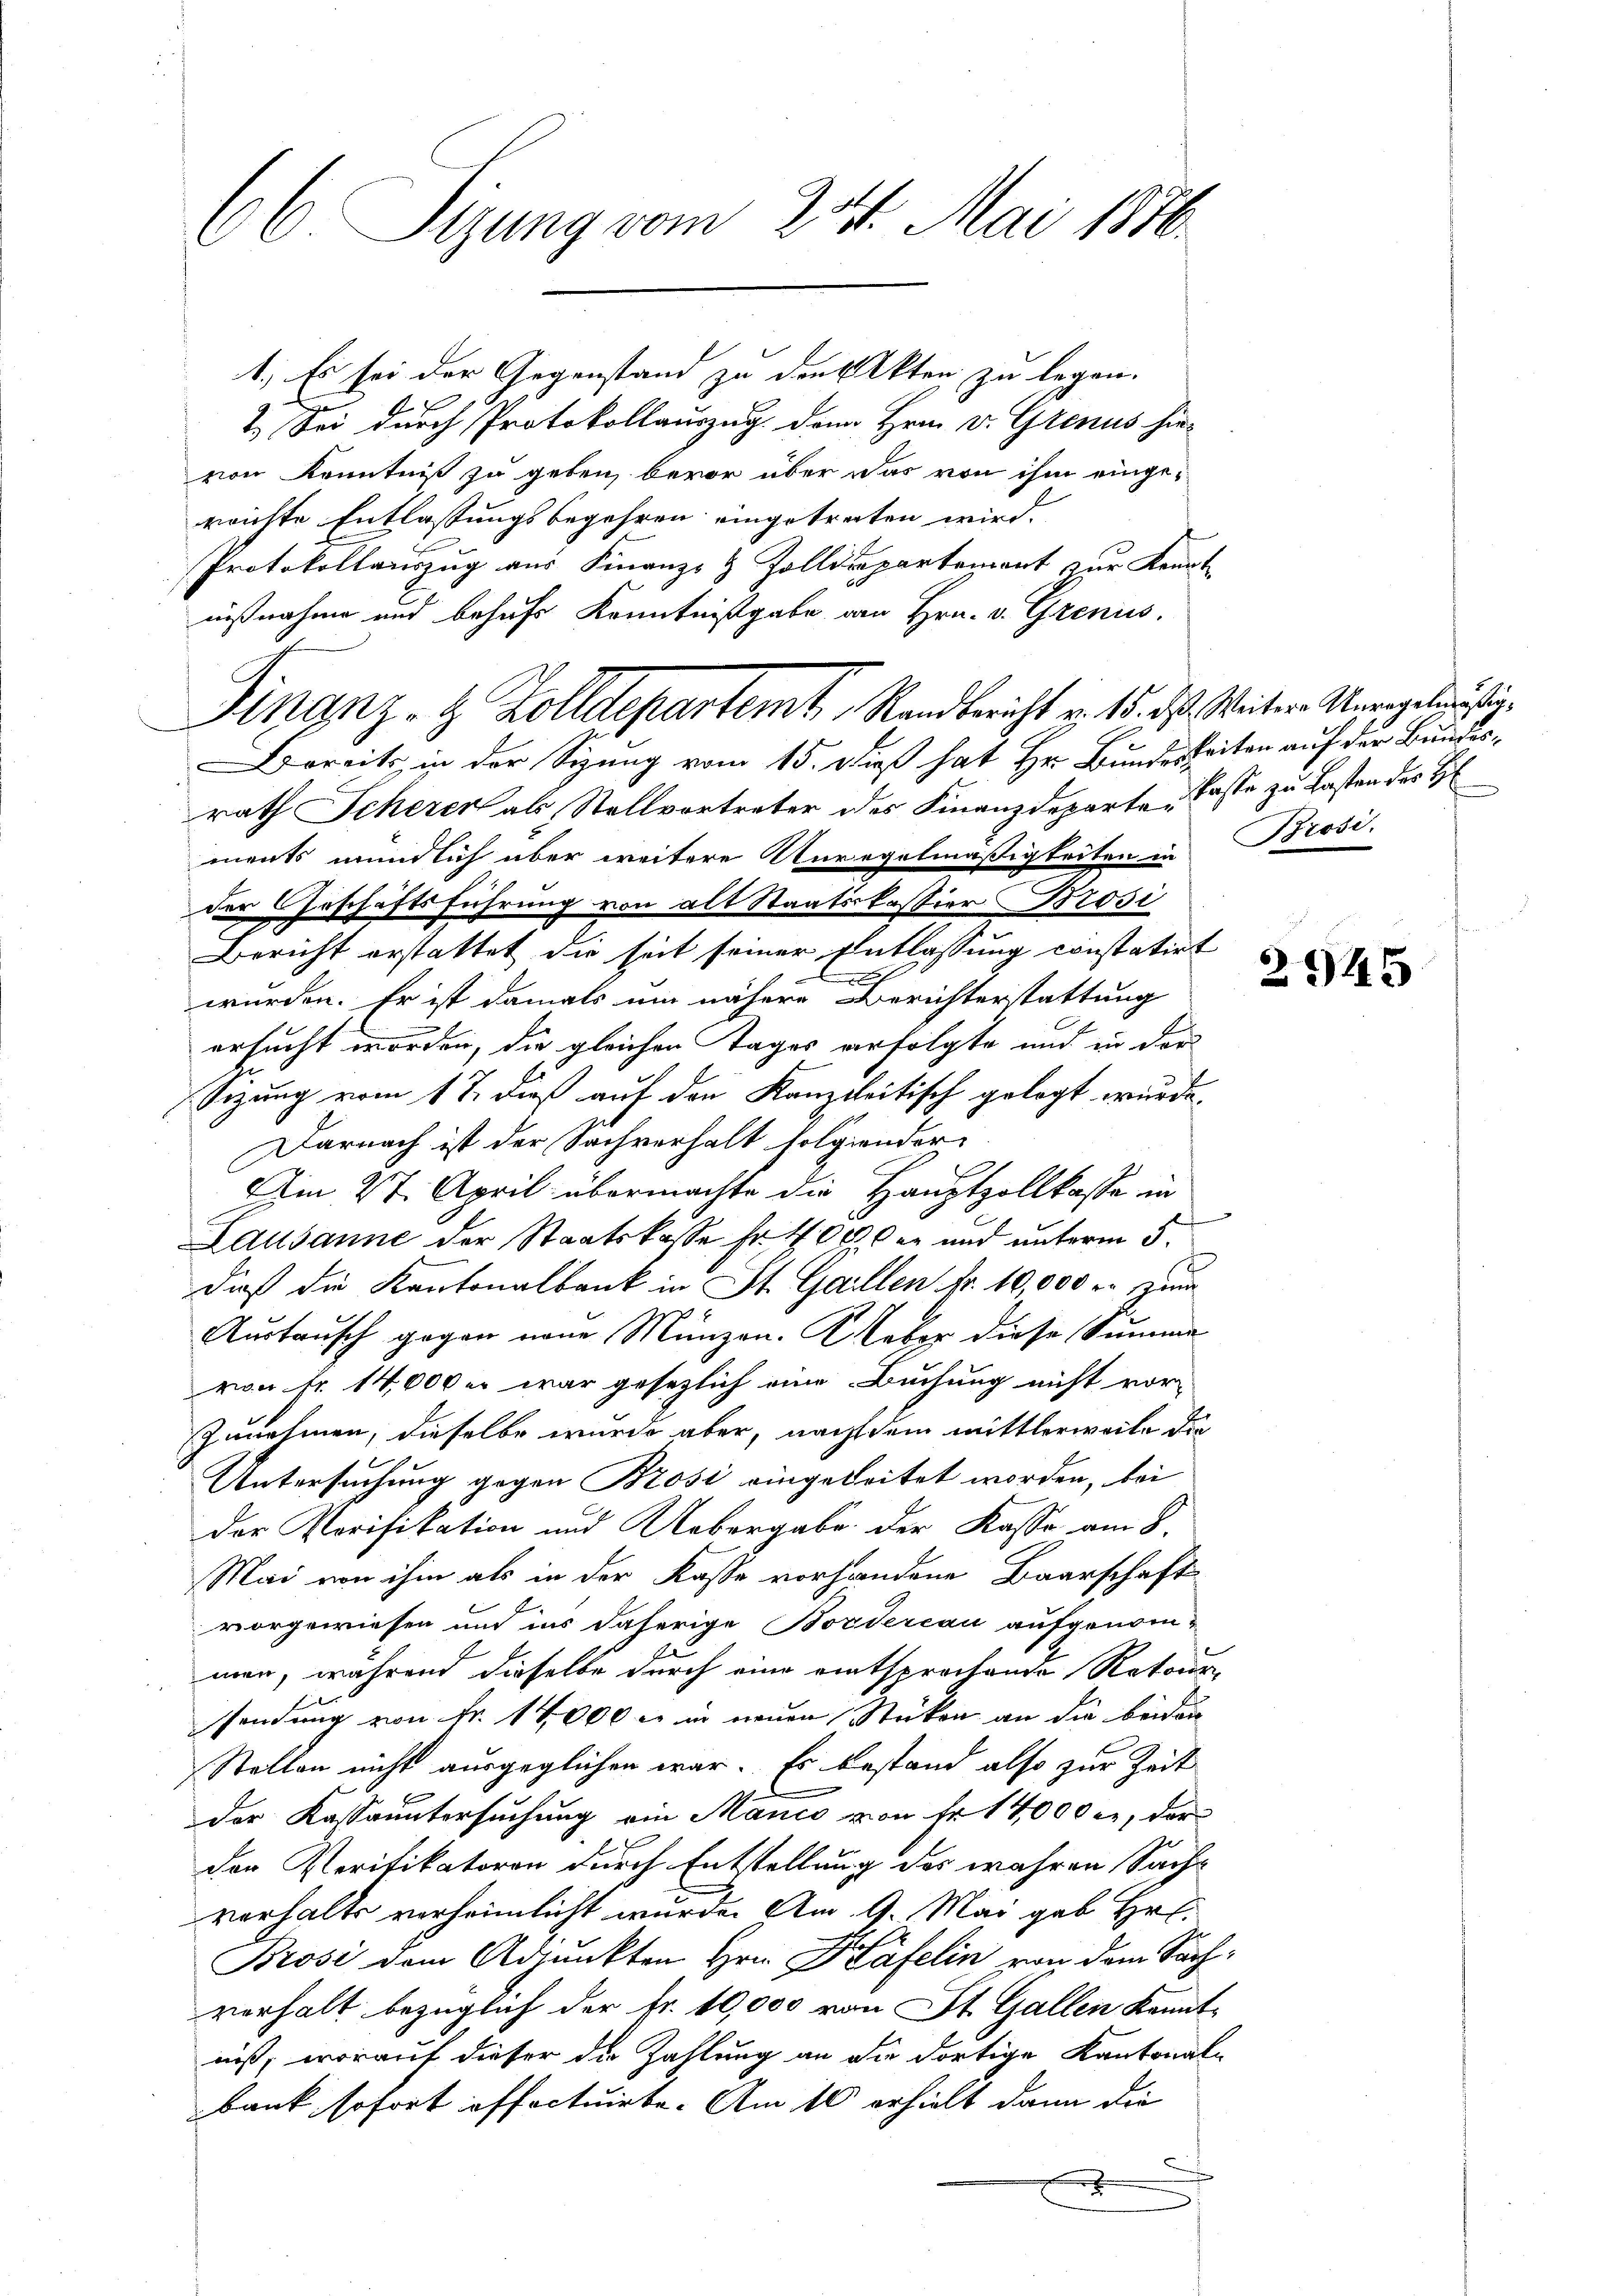
66 Sizung vom 231. Mai 1876.

1.) Es sei der Gegenstand zu den Akten zu legen.
2.) Sei durch Protokollauszug dem Hrn. v. Grenus hievon Kenntniß zu geben, bevor über das von ihm einge-
reichte Entlassungsbegehren eingetreten wird.
Protokollauszug aus Finanz- & Zolldepartement zur Kennt
nißnahme und behufs Kenntnißgabe an Hrn. v. Grenus.
Bereits in der Sizung vom 15. daß hat Hr. Bunderbeiten auf der Bundesrath Scherer als Stellvortreter des Finanzdeparte Faste zu Lasten der H
ments mündlich aber weitere Anregelmäßigkeiten in Brosi-
der Geschäftsführung von alt Staatskassier Brosi
Bericht erstattet die seit seiner Entlassung constatirt
.
wurden. Er ist damals um nähere Berichterstattung
ersucht worden, die gleichen Tages erfolgte und in der
Sizung vom 17. dieß auf den Kanzleitisch gelegt wurde.
Darnach ist der Sachverhalt folgender
Am 27. April übermachte die Hauptzollkasse in
Lausanne der Staatskasse fr. 4000 er und unterm 5.
dieß die Kantonalbank in St. Gaillen Nr. 10,000 r. zum
Austausch gegen neue Münzen. Weber diese Summe
von Fr. 14,000 er war gesezlich eine Buchung nicht vor-
zunehmen, dieselbe wurde aber, nach dem mittlerweile die
Untersuchung gegen Brosi eingeleitet worden, bei
der Vorifikation und Uebergabe der Kasse am 8.
Mai von ihm als in der Kasse vorhandene Baarschaft
vorgewiesen und ins daherige Bordercau aufgenom-
A
man, während dieselbe durch eine entsprochende Retour-
sendung von Fr. 14,000 c. in neuen Stücken an die beiden
Stellen nicht ausgeglichen war. Es bestand also zur Zeit
der Kassauntersuchung ein Manco von fr. 14000 l., der
der Verifikatoren durch Entstellung des wahren Sach-
vorhalte verheimlicht wurde. Am 9. Mai geb. Hr.
Brosi dem Adjunkten Hrn. Käfelin von dem Sachverhalt bezüglich der Fr. 10,000 von St. Gallen kanntniß, worauf dieser die Zahlung an die dortige Kantonal-
Bank sofort offectuirte. Am 10 erhielt dann die
f

Finanz- & Zolldepartemt Randbericht v. 15. ds. Weitere Unregelustig

2945